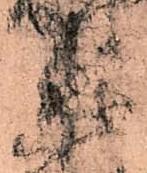
衛